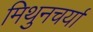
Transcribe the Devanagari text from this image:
मिथुनचर्या